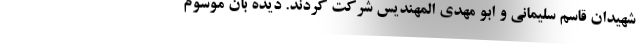
شهیدان قاسم سلیمانی و ابو مهدی المهندیس شرکت کردند. دیده بان موسوم